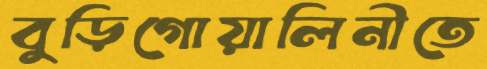
বুড়িগোয়ালিনীতে